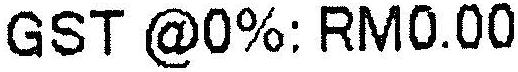
GST @0%: RM0.00